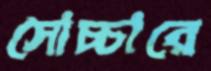
সোচ্চারে